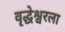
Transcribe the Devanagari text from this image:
वृद्धेश्वरला